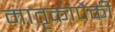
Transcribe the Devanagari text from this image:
मातृकांपैकी